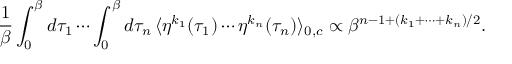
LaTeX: \frac { 1 } { \beta } \int _ { 0 } ^ { \beta } d \tau _ { 1 } \cdots \int _ { 0 } ^ { \beta } d \tau _ { n } \, \langle \eta ^ { k _ { 1 } } ( \tau _ { 1 } ) \cdots \eta ^ { k _ { n } } ( \tau _ { n } ) \rangle _ { 0 , c } \propto \beta ^ { n - 1 + ( k _ { 1 } + \cdots + k _ { n } ) / 2 } .